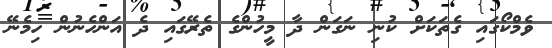
ވެމްކޯގައި ގެތަކަށް ކުނި ނަގަން ދާ މީހުންގެ ތެރޭގައި ދެ އަންހެނުން ހިމެނޭ